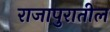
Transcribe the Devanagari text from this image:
राजापुरातील